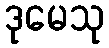
ဒုမေသု